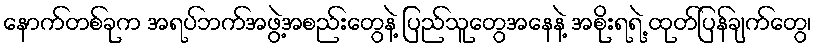
နောက်တစ်ခုက အရပ်ဘက်အဖွဲ့အစည်းတွေနဲ့ ပြည်သူတွေအနေနဲ့ အစိုးရရဲ့ ထုတ်ပြန်ချက်တွေ၊